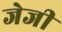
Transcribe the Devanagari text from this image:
जेजी